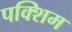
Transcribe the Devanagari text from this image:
पक्शिम